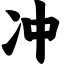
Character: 冲